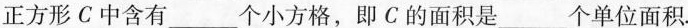
正方形C中含有___个小方格，即C的面积是___个单位面积.